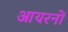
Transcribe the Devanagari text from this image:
आयरनों